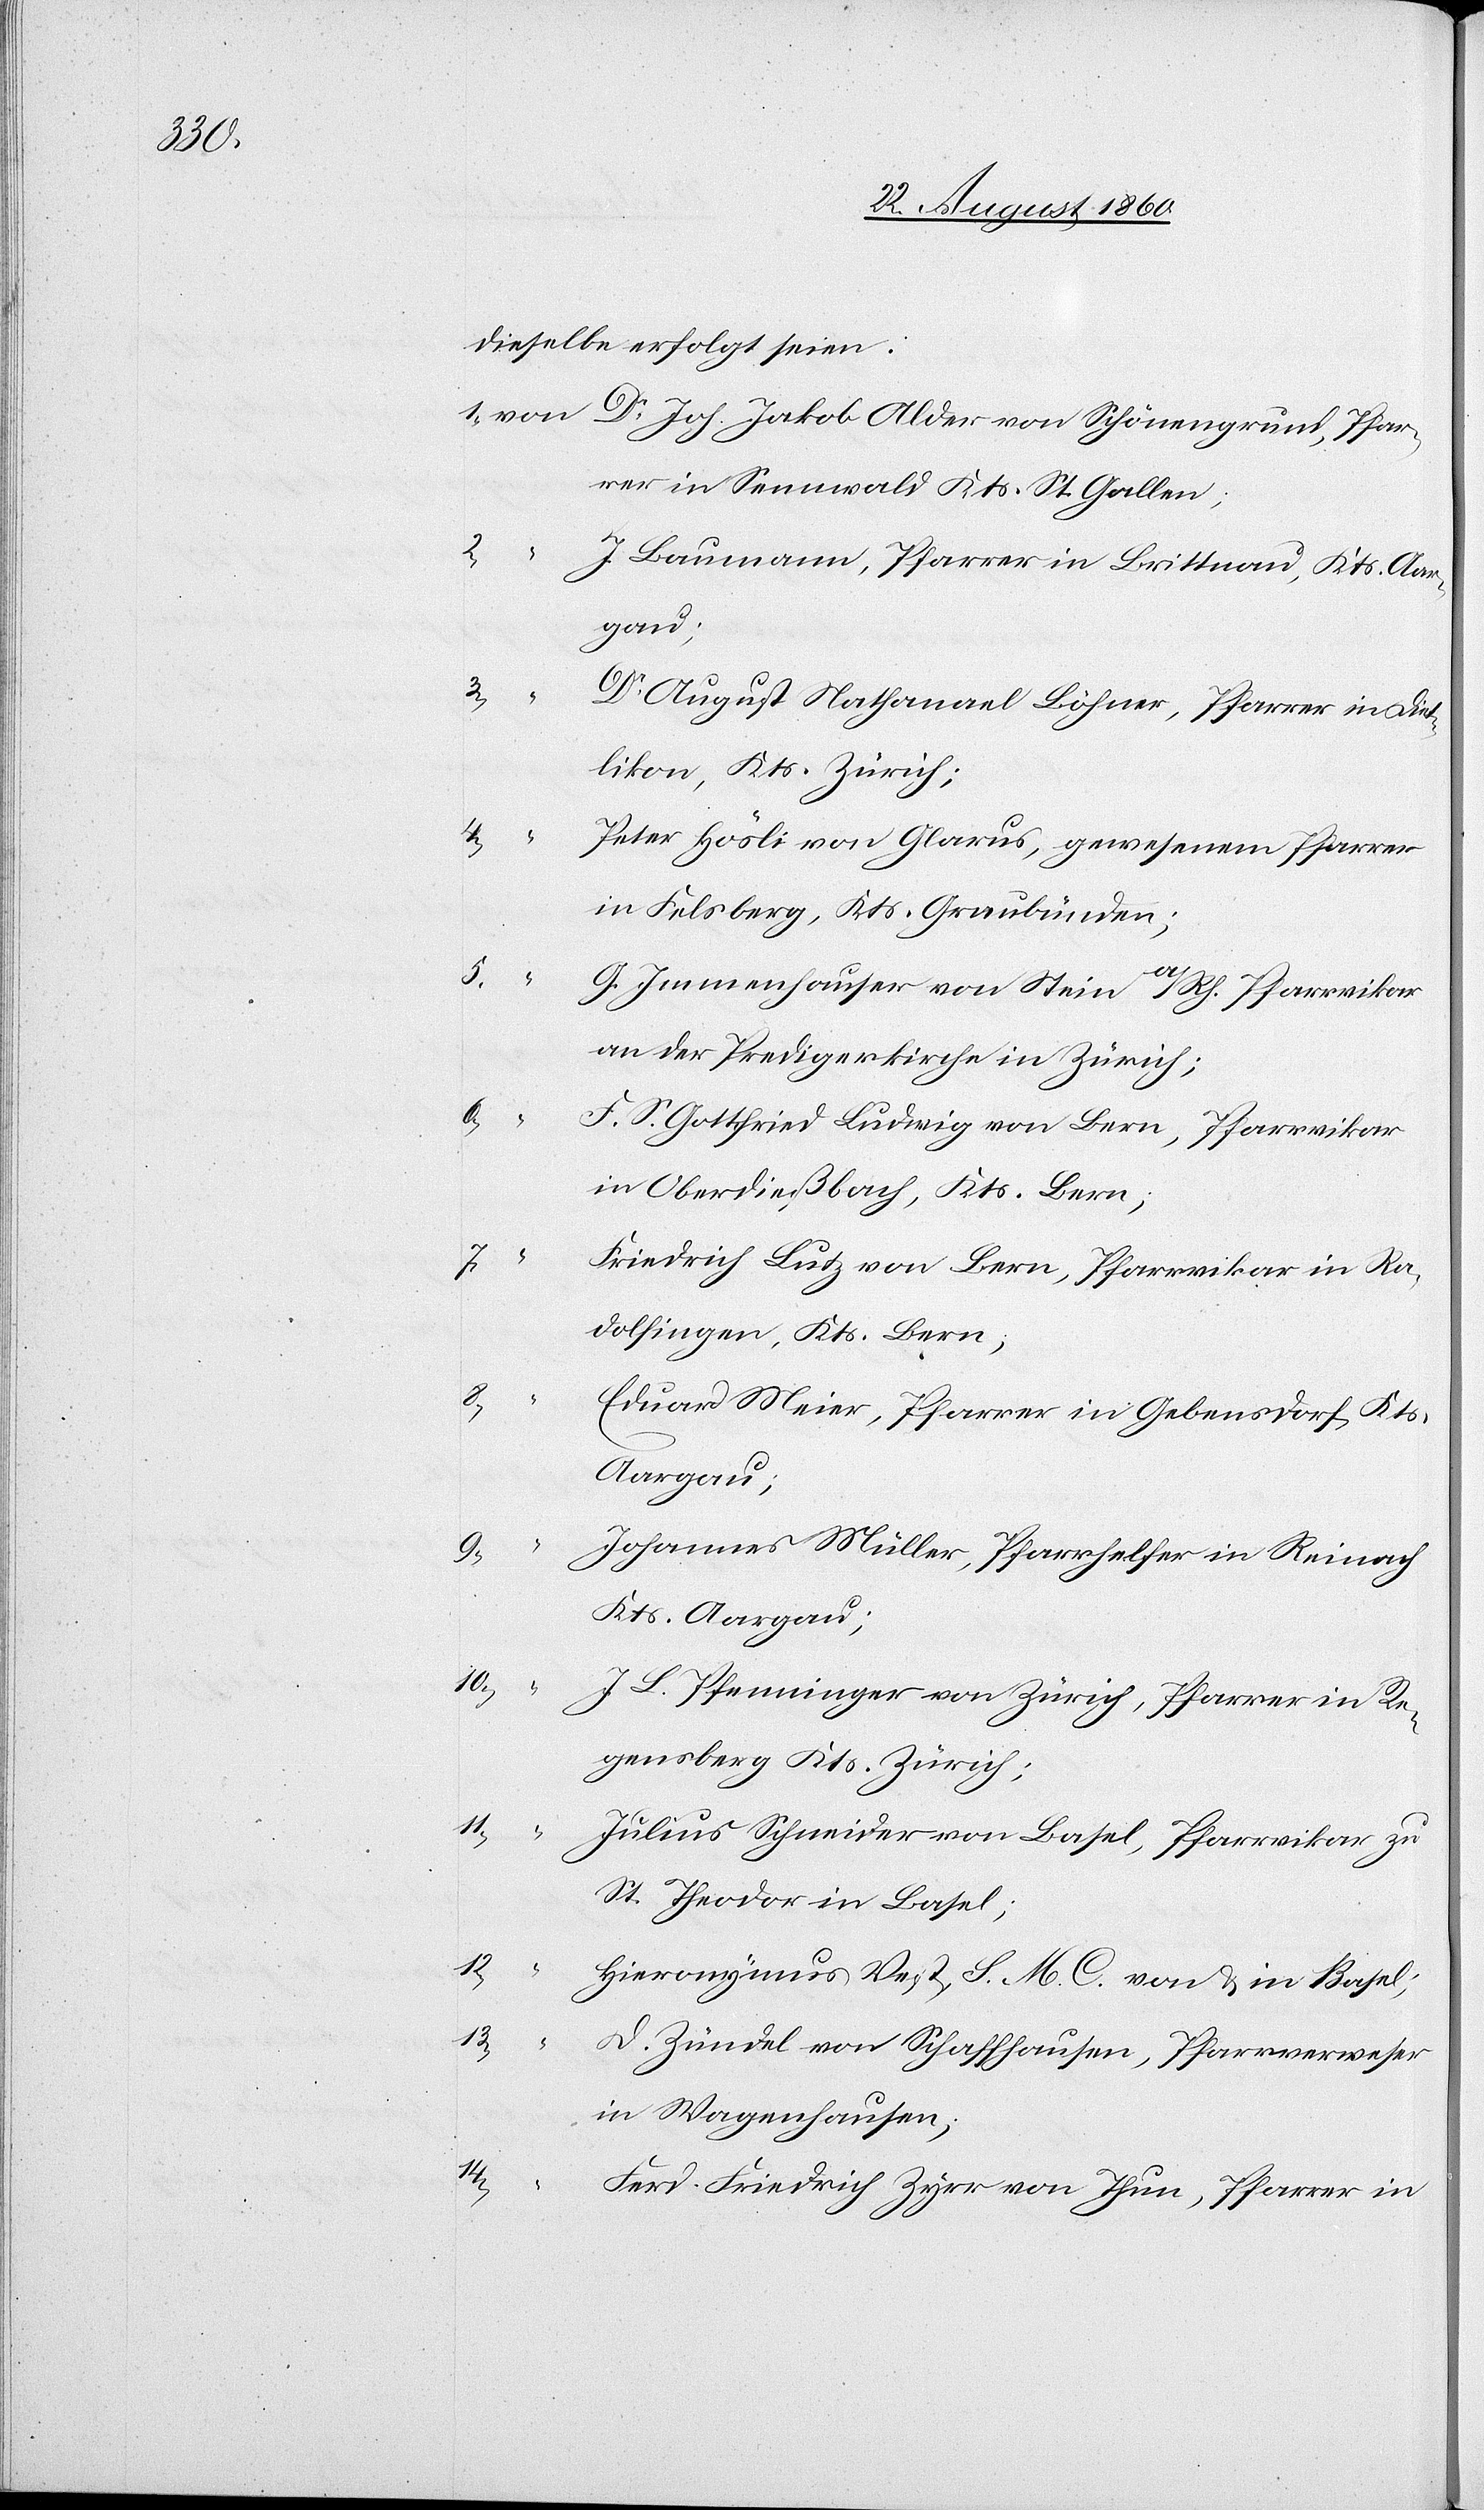
Pfar¬

dieselbe erfolgt seien.
rer in Sennwald, Kantons St. Gallen;
2.
J. Baumann, Pfarrer in Brittnau, Kan¬
3.
Dr. August Nathanael Böhner, Pfarrer in Diet¬
likon, Kantons Zürich;
4.
Peter Hösli von Glarus, gewesenen Pfarrer
in Felsberg, Kantons Graubünden;
11.
5.
G. Immenhauser von Stein a/Rh, Pfarrvikar
an der Predigerkirche in Zürich;
6.
F. S. Gottfried Ludwig von Bern, Pfarrvikar
in Oberdiessbach, Kantons Bern;
7.
Friedrich Lutz von Bern, Pfarrvikar in Ra¬
dolfingen, Kantons Bern;
8.
Ed. Meier, Pfarrer in Gebensdorf, Kan¬
Aargau;
9.
Johannes Müller, Pfarrhelfer in Rheinach,
J. L. Pfenninger von Zürich, Pfarrer in Re¬
gensberg, Kantons Zürich;
Julius Schneider von Basel, Pfarrvikar zu
St. Theodor in Basel;
13.
tons
Hieronymus Vest, S. M. C. von u. in Basel;
D. Zündel von Schaffhausen, Pfarrverweser
in Wagenhausen;
14.
Ferd. Friedrich Zyrr von Thun, Pfarrer in